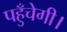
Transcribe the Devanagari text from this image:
पहुँचेगी।